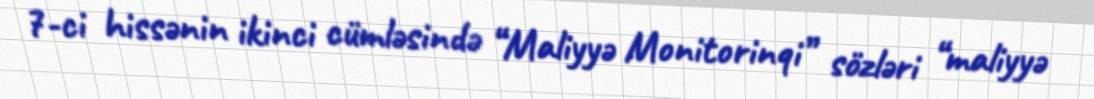
7-ci hissənin ikinci cümləsində “Maliyyə Monitorinqi” sözləri “maliyyə